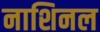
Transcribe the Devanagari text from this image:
नाशिनल